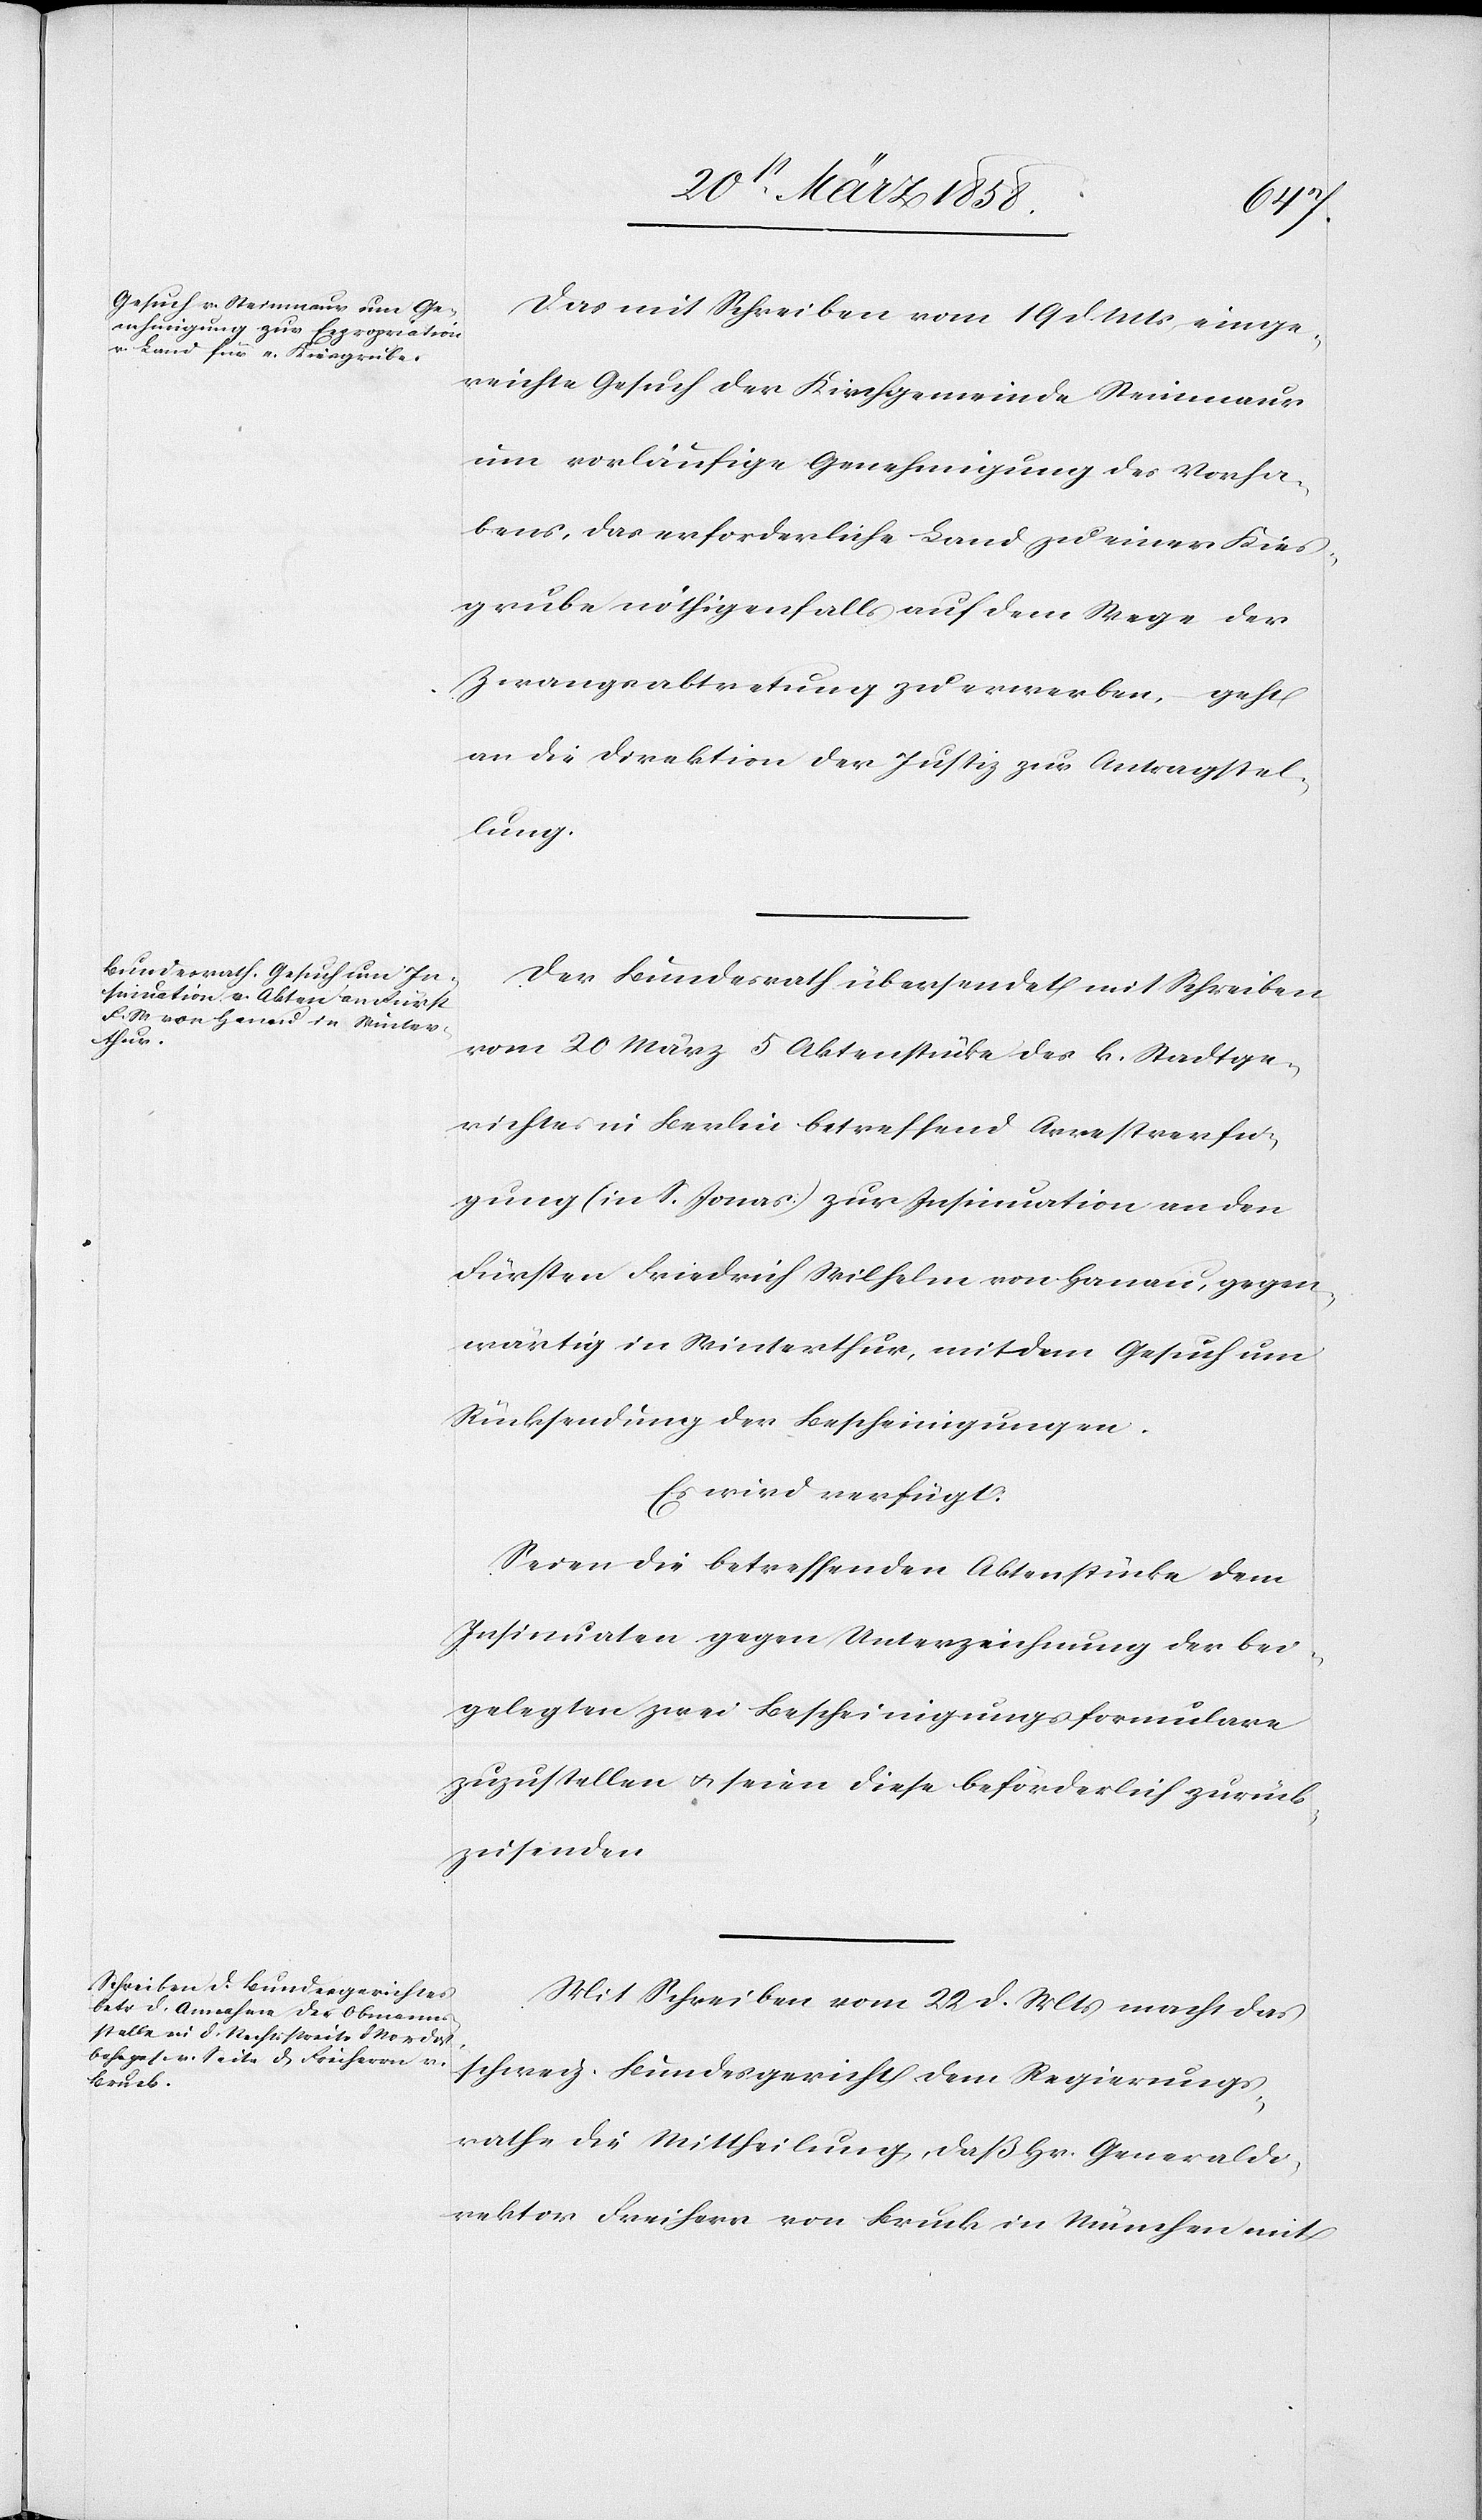
23. März 1858.]
Das mit Schreiben vom 19. d. Mts. einge¬
reichte Gesuch der Kirchgemeinde Steinmaur
um vorläufige Genehmigung des Vorha¬
bens, das erforderliche Land zu einer Kies¬
grube nöthigenfalls auf dem Wege der
Zwangsabtretung zu erwerben, – geht
an die Direktion der Justiz zur Antragstel¬
lung.
Der Bundesrath übersendet mit Schreiben
vom 20. März 5 Aktenstücke des k. Stadtge¬
richtes in Berlin betreffend Arrestverfü¬
gung (in S. Jonas.) zur Insinuation an den
Fürsten Friedrich Wilhelm von Hanau, gegen¬
wärtig in Winterthur, mit dem Gesuch um
Rücksendung der Bescheinigungen.
Es wird verfügt.
Seien die betreffenden Aktenstücke dem
Insinuaten gegen Unterzeichnung der bei¬
gelegten zwei Bescheinigungsformulare
zuzustellen u. seien diese beförderlich zurück¬
zusenden.
Mit Schreiben vom 22. d. Mts. macht das
schweiz. Bundesgericht dem Regierungs¬
rathe die Mittheilung, daß Hr. Generaldi¬
rektor Freiherr von Bruck in München mit